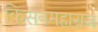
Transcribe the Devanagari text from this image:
किसनमहाराज